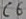
Text: C6